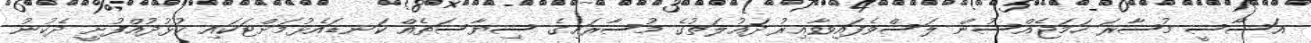
އަސާސީ މުސާރަ ހަމަޖެއްސުން ލަސްވެފައިވާއިރު ދައުލަތުގެ މުސާރައިގެ ސިޔާސަތެއް ކަނޑައެޅުމަށްޓަކައި ކުޅުދުއްފުށީ ދެކުނު